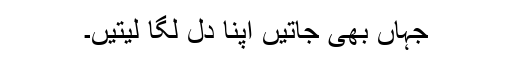
جہاں بھی جاتیں اپنا دل لگا لیتیں۔